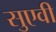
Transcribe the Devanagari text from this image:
सुएवी